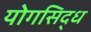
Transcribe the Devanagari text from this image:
योगसिद्ध